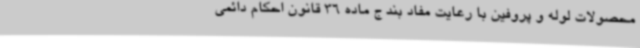
محصولات لوله و پروفین با رعایت مفاد بند ج ماده 36 قانون احکام دائمی